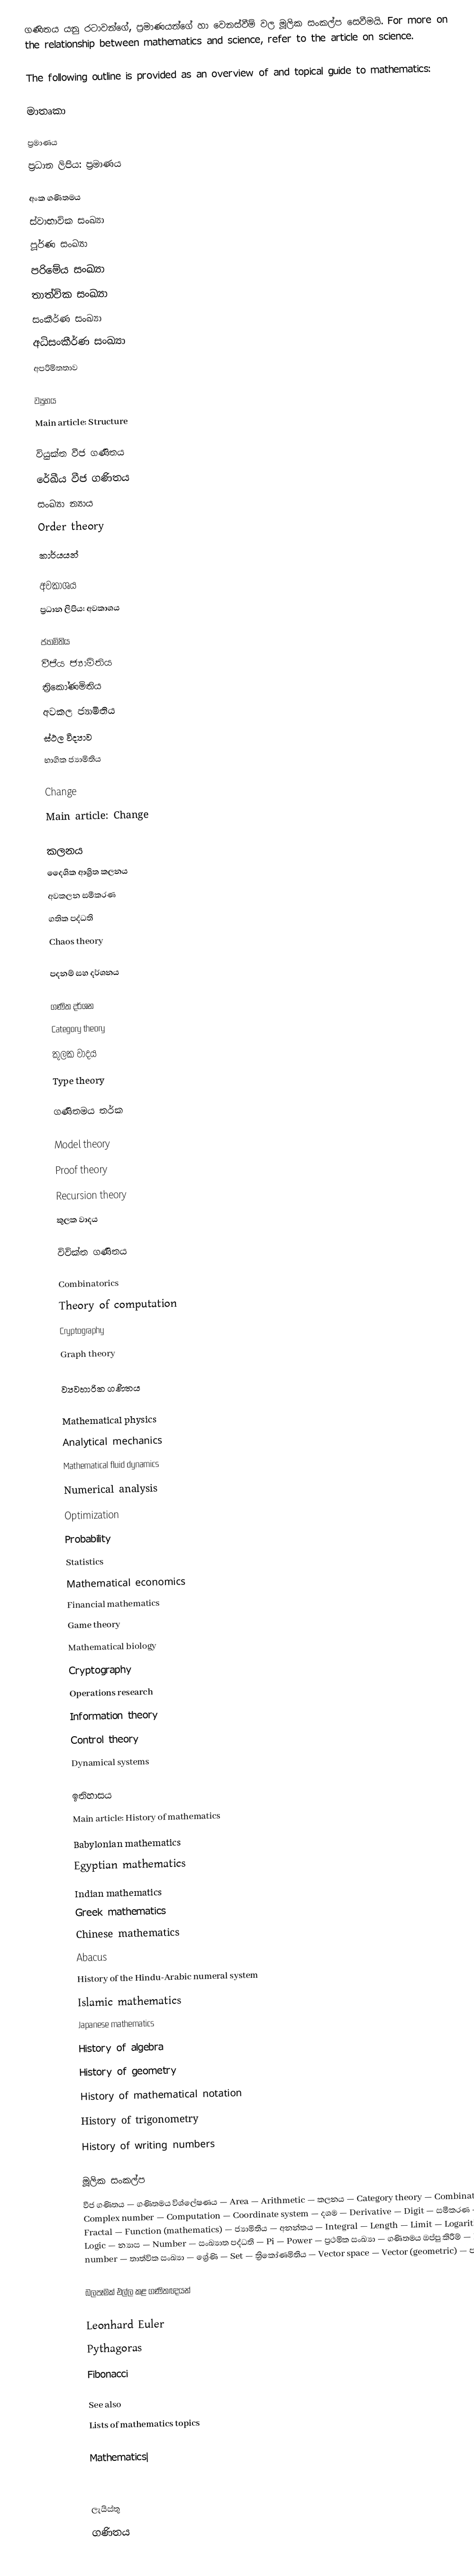
ගණිතය යනු රටාවන්ගේ, ප්‍රමාණයන්ගේ හා වෙනස්වීම් වල මූලික සංකල්ප සෙවීමයි.  For more on the relationship between mathematics and science, refer to the article on science.

The following outline is provided as an overview of and topical guide to mathematics:

මාතෘකා

ප්‍රමාණය
 ප්‍රධාන ලිපිය: ප්‍රමාණය

 අංක ගණිතමය
 ස්වාභාවික සංඛ්‍යා
 පූර්ණ සංඛ්‍යා
 පරිමේය සංඛ්‍යා
 තාත්වික සංඛ්‍යා
 සංකීර්ණ සංඛ්‍යා
 අධිසංකීර්ණ සංඛ්‍යා
 අපරිමිතතාව

ව්‍යුහය
 Main article: Structure

 වියුක්ත වීජ ගණිතය
 රේඛීය වීජ ගණිතය
 සංඛ්‍යා න්‍යාය
 Order theory
 කාර්යයන්

අවකාශය
 ප්‍රධාන ලිපිය: අවකාශය

 ජ්‍යාමිතිය
 වීජීය ජ්‍යාමිතිය
 ත්‍රිකෝණමිතිය
 අවකල ජ්‍යාමිතිය
 ස්ථල විද්‍යාව
 භාගික ජ්‍යාමිතිය

Change
 Main article: Change

 කලනය
 දෛශික ආශ්‍රිත කලනය
 අවකලන සමීකරණ
 ගතික පද්ධති
 Chaos theory

පදනම් සහ දර්ශනය

 ගණිත දර්ශන
 Category theory
 කුලක වාදය
 Type theory

ගණිතමය තර්ක

 Model theory
 Proof theory
 Recursion theory
 කුලක වාදය

විවික්ත ගණිතය

 Combinatorics
 Theory of computation
 Cryptography
 Graph theory

ව්‍යවහාරික ගණිතය

 Mathematical physics
 Analytical mechanics
 Mathematical fluid dynamics
 Numerical analysis
 Optimization
 Probability
 Statistics
 Mathematical economics
 Financial mathematics
 Game theory
 Mathematical biology
 Cryptography
 Operations research
 Information theory
 Control theory
 Dynamical systems

ඉතිහාසය
 Main article: History of mathematics
 Babylonian mathematics
 Egyptian mathematics
 Indian mathematics
 Greek mathematics
 Chinese mathematics
 Abacus
 History of the Hindu-Arabic numeral system
 Islamic mathematics
 Japanese mathematics
 History of algebra
 History of geometry
 History of mathematical notation
 History of trigonometry
 History of writing numbers

මූලික සංකල්ප
වීජ ගණිතය — ගණිතමය විශ්ලේෂණය — Area — Arithmetic — කලනය — Category theory — Combinatorics — Complex number — Computation — Coordinate system — දශම — Derivative — Digit — සමීකරණ — Fractal — Function (mathematics) — ජ්‍යාමිතිය — අනන්තය — Integral — Length — Limit — Logarithm — Logic — න්‍යාස — Number — සංඛ්‍යාත පද්ධති — Pi — Power — ප්‍රථමික සංඛ්‍යා — ගණිතමය ඔප්පු කිරීම් — Rational number — තාත්වික සංඛ්‍යා — ශ්‍රේණි — Set — ත්‍රිකෝණමිතිය — Vector space — Vector (geometric) — පරිමාව

බලපෑමක් එල්ල කළ ගණිතඥයන්

 Leonhard Euler
 Pythagoras
 Fibonacci

See also
 Lists of mathematics topics

Mathematics|

ලැයිස්තු
ගණිතය